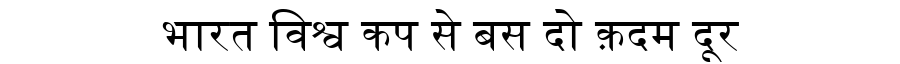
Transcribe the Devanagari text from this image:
भारत विश्व कप से बस दो क़दम दूर